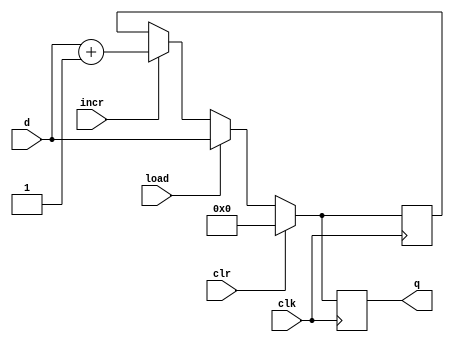
`timescale 1ns / 1ps
//////////////////////////////////////////////////////////////////////////////////
// Company: 
// Engineer: 
// 
// Design Name: 
// Module Name:    fourbitcounter 
// Project Name: 
// Target Devices: 
// Tool versions: 
// Description: 
//
// Dependencies: 
//
// Revision: 
// Revision 0.01 - File Created
// Additional Comments: 
//
//////////////////////////////////////////////////////////////////////////////////
module fourbitcounter(d,q,clr,load,clk,incr
    );
	input [3:0]d;
	input clk,load,clr,incr;
	output reg [3:0]q;
	reg [3:0]shift_reg;
	
	always@(posedge clk)
	begin
		if(clr) shift_reg=0;
		else if(load) 
		shift_reg=d;
		else if(incr)
		shift_reg=d+1;
	q = shift_reg;
	end
endmodule